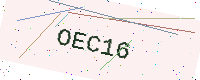
Text: OEC16